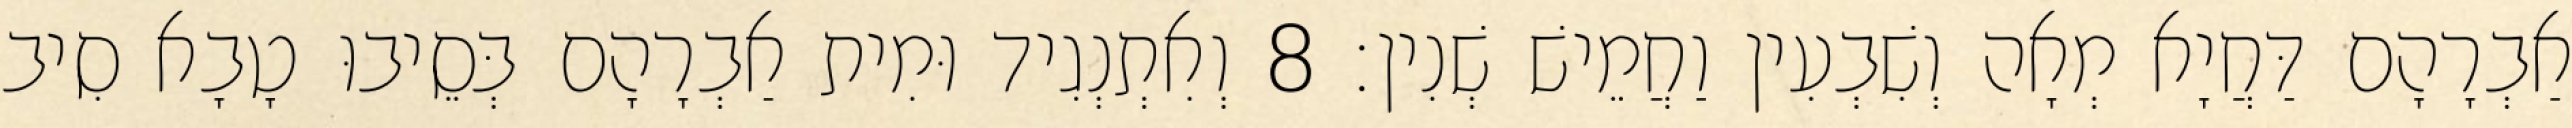
אַבְרָהָם דַּחֲיָא מְאָה וְשִׁבְעִין וַחֲמֵישׁ שְׁנִין׃ 8 וְאִתְנְגִיד וּמִית אַבְרָהָם בְּסֵיבוּ טָבָא סִיב